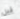
قبل